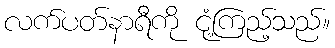
လက်ပတ်နာရီကို ငုံ့ကြည့်သည်။